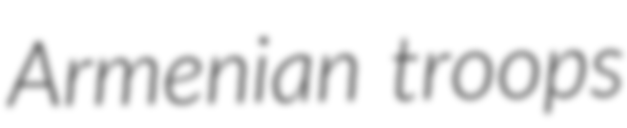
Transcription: Armenian troops